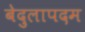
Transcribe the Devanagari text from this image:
बेदुलापदम